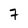
Character: 7